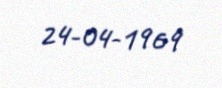
24-04-1969